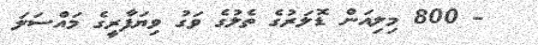
- 800 މިލިއަން ޑޮލަރުގެ ތެލުގެ ވަގު ވިޔަފާރީގެ މައްސަލަ